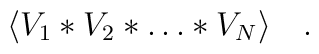
\langle V_1\ast V_2\ast\dots\ast V_N\rangle\quad.